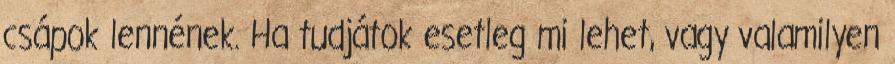
csápok lennének. Ha tudjátok esetleg mi lehet, vagy valamilyen